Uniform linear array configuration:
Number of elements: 16
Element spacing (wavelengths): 1
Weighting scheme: hamming
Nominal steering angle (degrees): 0
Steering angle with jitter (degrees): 0.7975
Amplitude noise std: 0.05
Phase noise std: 0.05

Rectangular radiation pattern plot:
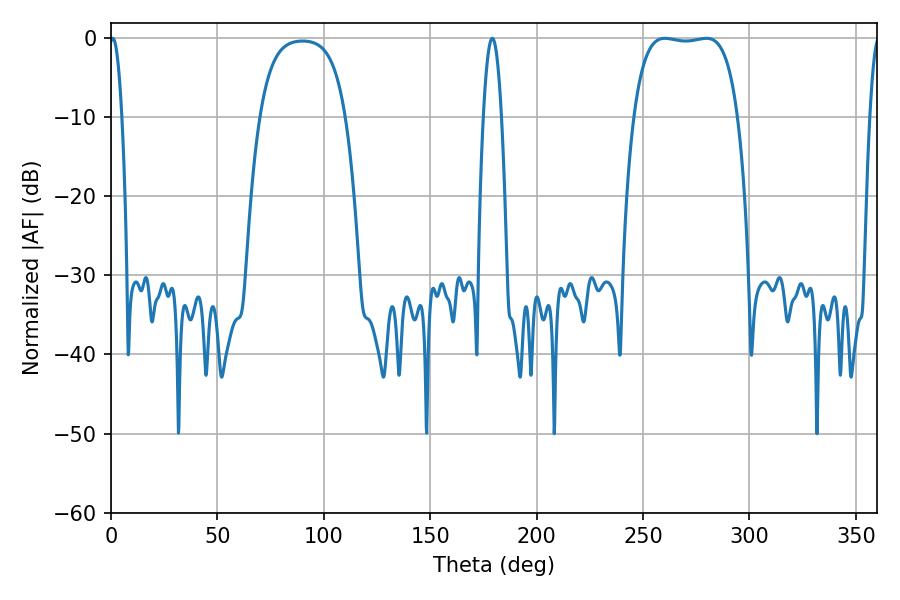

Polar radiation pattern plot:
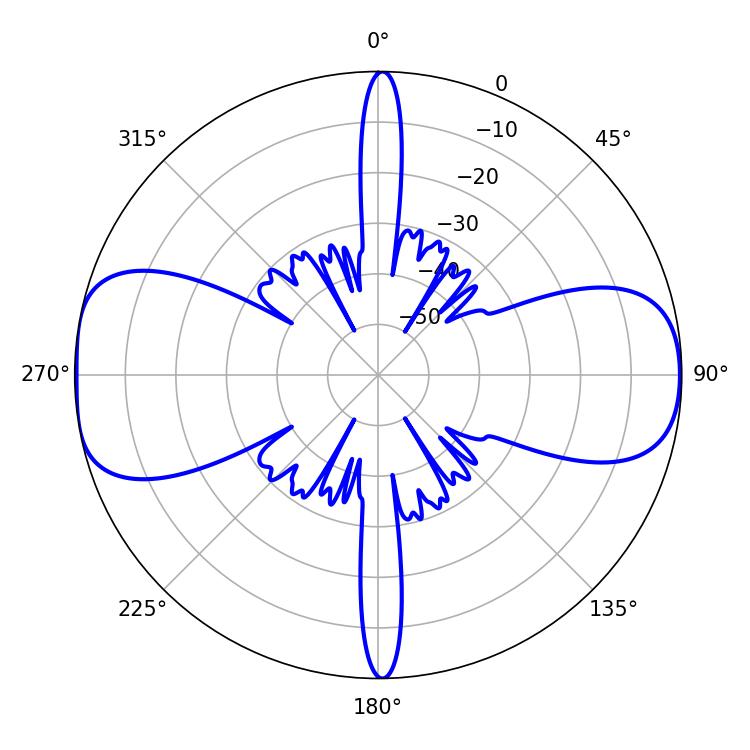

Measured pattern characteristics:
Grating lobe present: TRUE
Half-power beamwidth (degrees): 38.52
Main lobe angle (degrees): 260.28